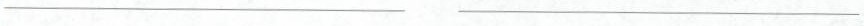
___ ___